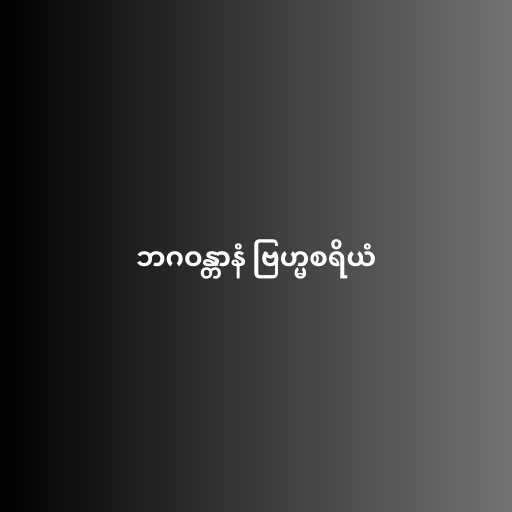
ဘဂဝန္တာနံ ဗြဟ္မစရိယံ